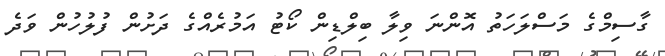
ގާސިމްގެ މަސްލަހަތު އޮންނަ ވިލާ ބިލްޑިން ކޯޓު އަމުރެއްގެ ދަށުން ފުލުހުން ވަދެ